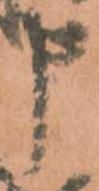
申